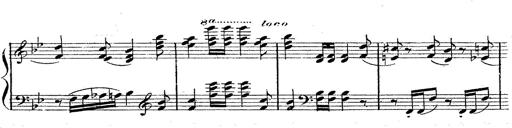
Title: 12 Lieder von Franz Schubert
Composer: Franz Liszt